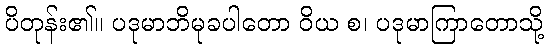
ပိတုန်း၏။ ပဒုမာဘိမုခပါတော ဝိယ စ၊ ပဒုမာကြာတောသို့